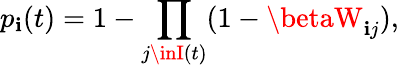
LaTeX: p_{\mathbf{i}}(t)=1-\prod_{j\inI(t)}(1-\betaW_{\mathbf{i}j}),